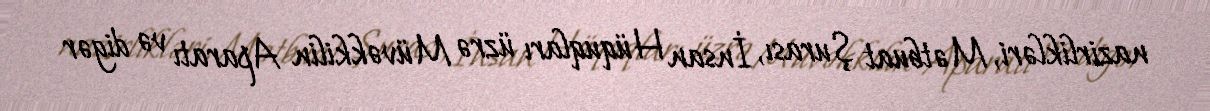
nazirlikləri, Mətbuat Şurası, İnsan Hüquqları üzrə Müvəkkilin Aparatı və digər